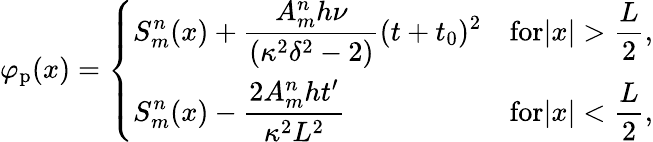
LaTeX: \varphi_{\mathrm{p}}(x)=\left\{ \begin{array}{ll}{\displaystyle S_{m}^{n}(x)+\frac{A_{m}^{n}h\nu}{(\kappa^{2}\delta^{2}-2)}(t+t_{0})^{2}}&{\displaystyle\textrm{for}|x|>\frac{L}{2},}\\ {\displaystyle S_{m}^{n}(x)-\frac{2A_{m}^{n}ht^{\prime}}{\kappa^{2}L^{2}}}&{\displaystyle\textrm{for}|x|<\frac{L}{2},}\end{array}\right.